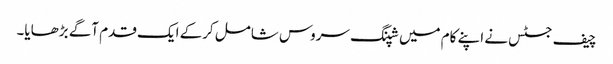
چیف جسٹس نے اپنے کام میں شپنگ سروس شامل کرکے ایک قدم آگے بڑھایا۔